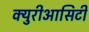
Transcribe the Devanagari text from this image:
क्युरीआसिटी